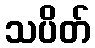
သပိတ်